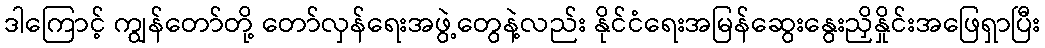
ဒါကြောင့် ကျွန်တော်တို့ တော်လှန်ရေးအဖွဲ့တွေနဲ့လည်း နိုင်ငံရေးအမြန်ဆွေးနွေးညှိနှိုင်းအဖြေရှာပြီး